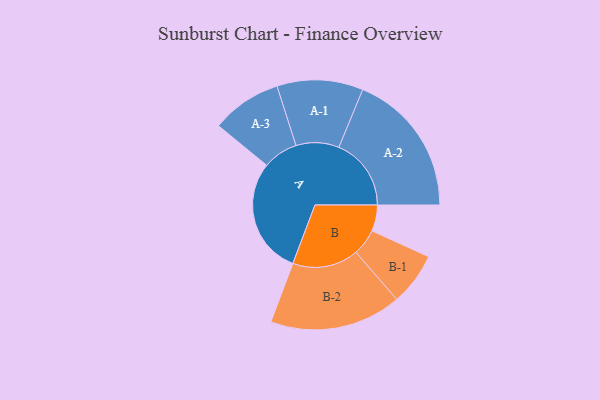
{"axis": {"x": "Segment", "y": "Value"}, "legend": ["", "A", "B"], "data": [{"x": "A", "y": 476, "type": ""}, {"x": "B", "y": 107, "type": ""}, {"x": "A-1", "y": 176, "type": "A"}, {"x": "A-2", "y": 296, "type": "A"}, {"x": "A-3", "y": 144, "type": "A"}, {"x": "B-1", "y": 108, "type": "B"}, {"x": "B-2", "y": 270, "type": "B"}]}